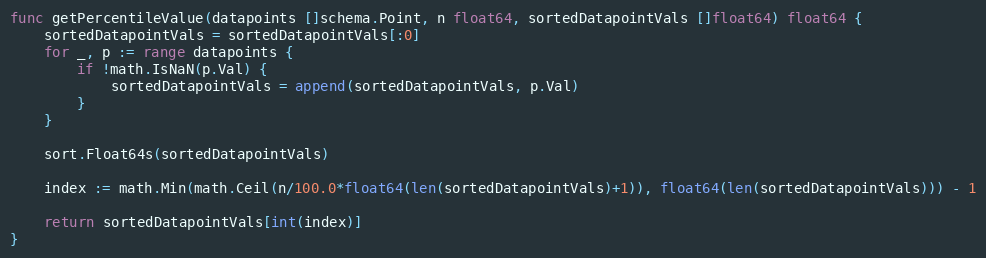
Language: Go
func getPercentileValue(datapoints []schema.Point, n float64, sortedDatapointVals []float64) float64 {
	sortedDatapointVals = sortedDatapointVals[:0]
	for _, p := range datapoints {
		if !math.IsNaN(p.Val) {
			sortedDatapointVals = append(sortedDatapointVals, p.Val)
		}
	}

	sort.Float64s(sortedDatapointVals)

	index := math.Min(math.Ceil(n/100.0*float64(len(sortedDatapointVals)+1)), float64(len(sortedDatapointVals))) - 1

	return sortedDatapointVals[int(index)]
}